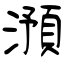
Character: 澦